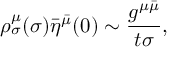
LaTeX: \rho _ { \sigma } ^ { \mu } ( \sigma ) \bar { \eta } ^ { \bar { \mu } } ( 0 ) \sim \frac { g ^ { \mu \bar { \mu } } } { t \sigma } , \qquad